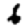
Digit: 6